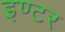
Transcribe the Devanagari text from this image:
इण्‍टर